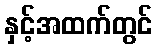
နှင့်အထက်တွင်